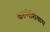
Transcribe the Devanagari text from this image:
करुणेशिवाय